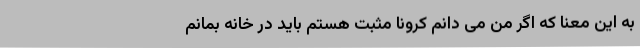
به این معنا که اگر من می ‌دانم کرونا مثبت هستم باید در خانه بمانم